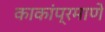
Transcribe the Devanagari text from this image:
काकांप्रमाणे